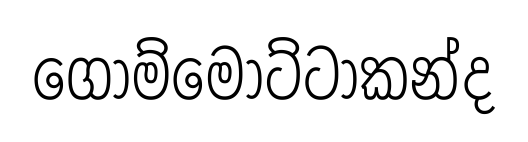
ගොම්මොට්ටාකන්ද